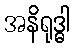
အနိရုဒ္ဓါ